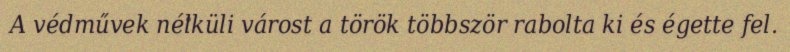
A védművek nélküli várost a török többször rabolta ki és égette fel.